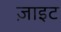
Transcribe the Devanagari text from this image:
ज़ाइट